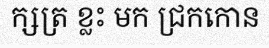
ក្សត្រ ខ្លះ មក ជ្រកកោន